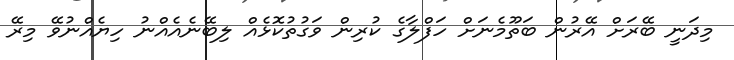
މިދަނީ ބޭރަށް އޭރުން ބަތޫމެނަށް ހަފްލާގެ ކުރިން ވަގުތުކޮޅެއް ލިބޭނެއެއްނު ހިޔެއްނުވޭ މިރޭ